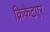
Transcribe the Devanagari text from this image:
क्रिकेटएर